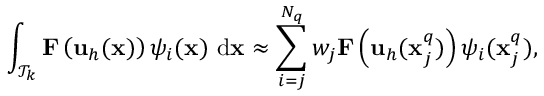
\int _ { \mathcal T _ { k } } \mathbf { F } \left( \mathbf { u } _ { h } ( \mathbf { x } ) \right) { \psi } _ { i } ( \mathbf { x } ) \ \mathrm { d } \mathbf { x } \approx \sum _ { i = j } ^ { N _ { q } } w _ { j } \mathbf { F } \left( \mathbf { u } _ { h } ( \mathbf { x } _ { j } ^ { q } ) \right) { \psi } _ { i } ( \mathbf { x } _ { j } ^ { q } ) ,